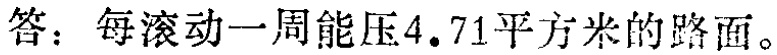
答：每滚动一周能压$4.71$平方米的路面。